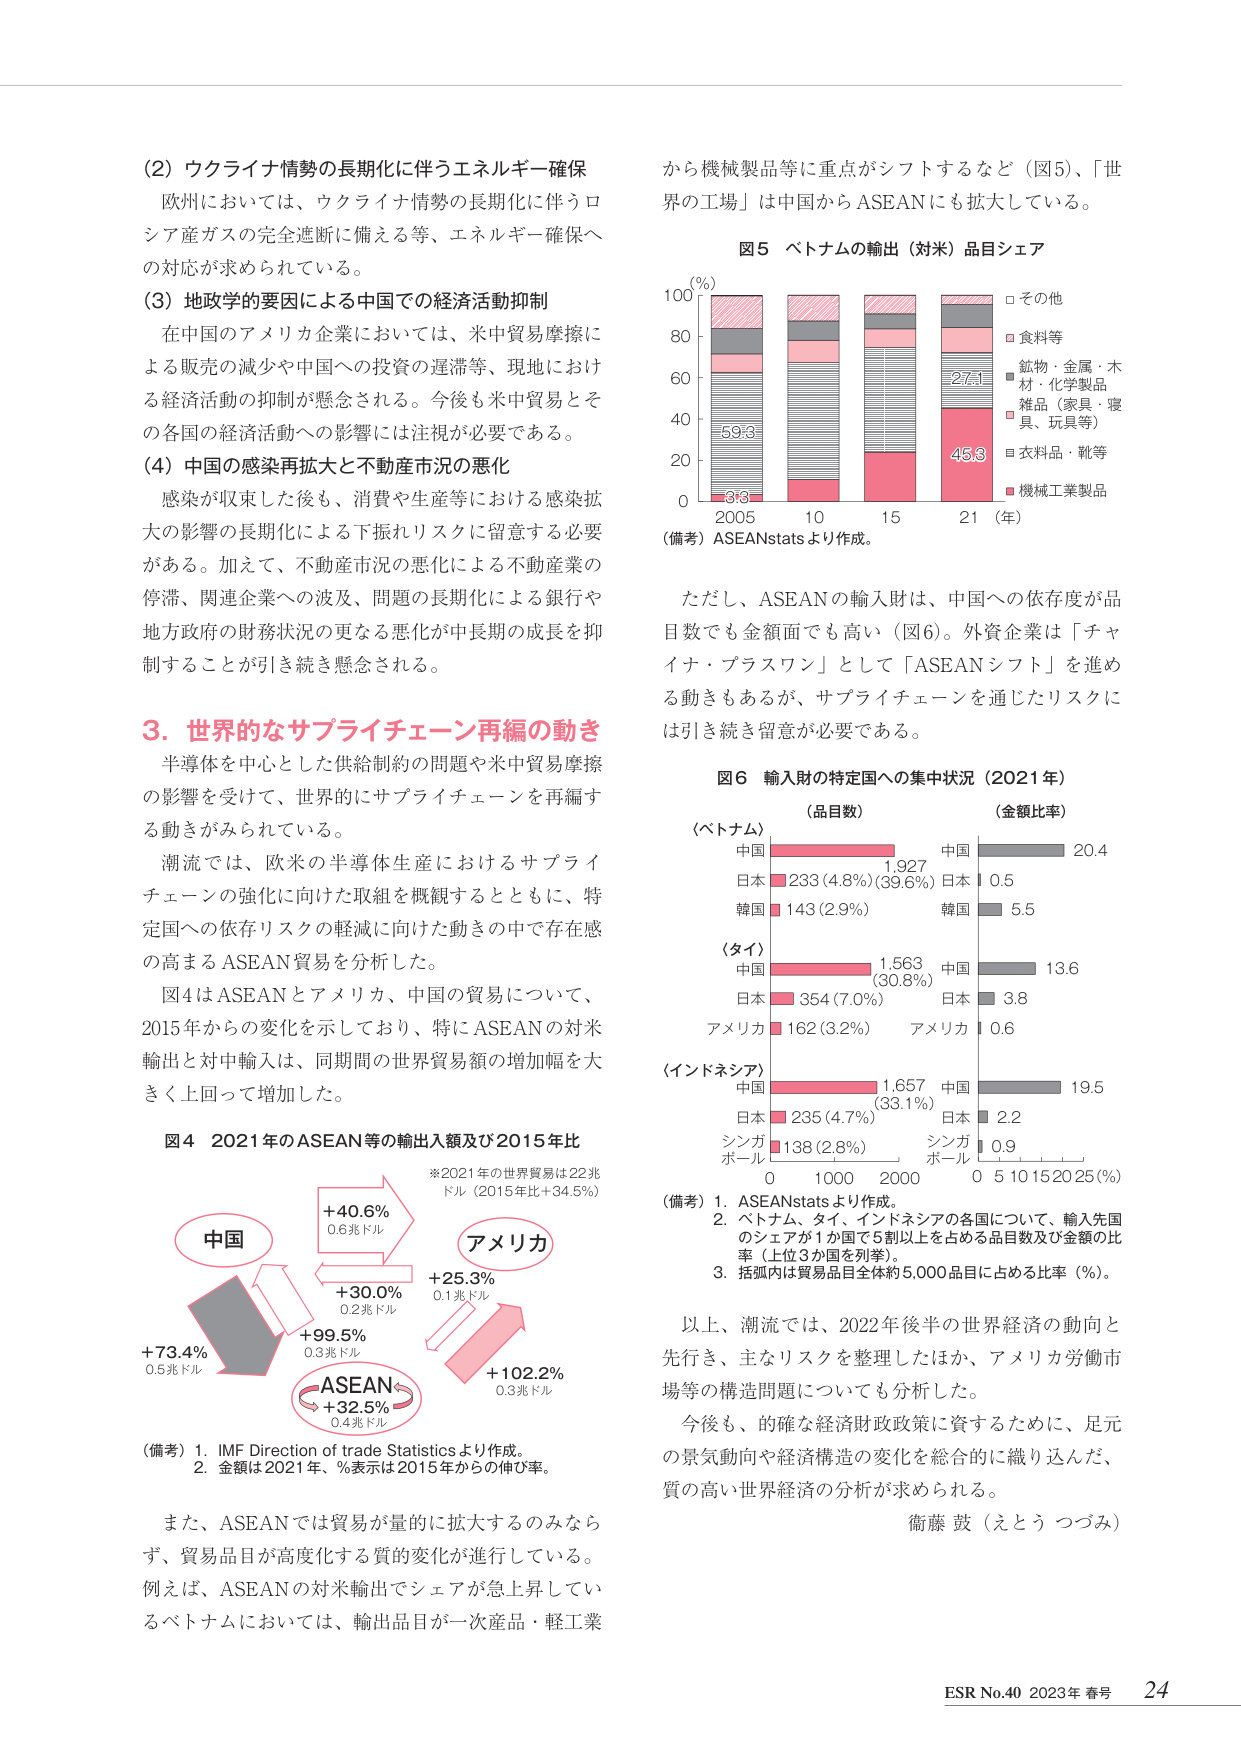
(2) ウクライナ情勢の長期化に伴うエネルギー確保
欧州においては、ウクライナ情勢の長期化に伴うロシア産ガスの完全遮断に備える等、エネルギー確保への対応が求められている。

(3) 地政学的要因による中国での経済活動抑制
在中国のアメリカ企業においては、米中貿易摩擦による販売の減少や中国への投資の遅滞等、現地における経済活動の抑制が懸念される。今後も米中貿易とその各国の経済活動への影響には注視が必要である。

(4) 中国の感染再拡大と不動産市況の悪化
感染が収束した後も、消費や生産等における感染拡大の影響の長期化による下振れリスクに留意する必要がある。加えて、不動産市況の悪化による不動産業の停滞、関連企業への波及、問題の長期化による銀行や地方政府の財務状況の更なる悪化が中長期の成長を抑制することが引き続き懸念される。

3. 世界的なサプライチェーン再編の動き
半導体を中心とした供給制約の問題や米中貿易摩擦の影響を受けて、世界的にサプライチェーンを再編する動きがみられている。
潮流では、欧米の半導体生産におけるサプライチェーンの強化に向けた取組を概観するとともに、特定国への依存リスクの軽減に向けた動きの中で存在感の高まるASEAN貿易を分析した。
図4はASEANとアメリカ、中国の貿易について、2015年からの変化を示しており、特にASEANの対米輸出と対中輸入は、同期間の世界貿易額の増加幅を大きく上回って増加した。

図4 2021年のASEAN等の輸出入額及び2015年比
※2021年の世界貿易は22兆ドル（2015年比+34.5%）
中国
+40.6%
0.6兆ドル
アメリカ
+25.3%
0.1兆ドル
+30.0%
0.2兆ドル
+99.5%
0.3兆ドル
ASEAN
+32.5%
0.4兆ドル
+73.4%
0.5兆ドル

（備考）1. IMF Direction of trade Statisticsより作成。
2. 金額は2021年、％表示は2015年からの伸び率。

また、ASEANでは貿易が量的に拡大するのみならず、貿易品目が高度化する質的変化が進行している。例えば、ASEANの対米輸出でシェアが急上昇しているベトナムにおいては、輸出品目が一次産品・軽工業から機械製品等に重点がシフトするなど（図5）、「世界の工場」は中国からASEANに拡大している。

図5 ベトナムの輸出（対米）品目シェア
（％）
2005 10 15 21（年）
0 20 40 60 80 100
□その他
□食料等
■鉱物・金属・木材・化学製品
□雑品（家具・寝具、玩具等）
□衣料品・靴等
■機械工業製品
（備考）ASEANstatsより作成。

ただし、ASEANの輸入財は、中国への依存度が品目数でも金額面でも高い（図6）。外資企業は「チャイナ・プラスワン」として「ASEANシフト」を進め る動きもあるが、サプライチェーンを通じたリスクには引き続き留意が必要である。

図6 輸入財の特定国への集中状況（2021年）
（品目数） （金額比率）
（ベトナム）
中国 1,927 中国 20.4
日本 233（4.8%）（39.6%） 日本 0.5
韓国 143（2.9%） 韓国 5.5
（タイ）
中国 1,563 中国 13.6
（30.8%）
日本 354（7.0%） 日本 3.8
アメリカ 162（3.2%） アメリカ 0.6
（インドネシア）
中国 1,657 中国 19.5
（33.1%）
日本 235（4.7%） 日本 2.2
シンガポール 138（2.8%） シンガポール 0.9
0 1000 2000 0 5 10 15 20 25（％）

（備考）1. ASEANstatsより作成。
2. ベトナム、タイ、インドネシアの各国について、輸入先国のシェアが1か国で5割以上を占める品目数及び金額の比率（上位3か国を列挙）。
3. 括弧内は貿易品目全体約5,000品目における比率（％）。

以上、潮流では、2022年後半の世界経済の動向と先行き、主なリスクを整理したほか、アメリカ労働市場等の構造問題についても分析した。
今後も、的確な経済財政政策に資するために、足元の景気動向や経済構造の変化を総合的に織り込んだ、質の高い世界経済の分析が求められる。
衛藤 鼓（えとう つづみ）

ESR No.40 2023年 春号 24